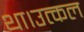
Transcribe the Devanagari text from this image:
था।उत्कल